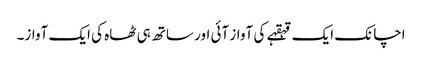
اچانک ایک قہقہے کی آواز آئی اور ساتھ ہی ٹھاہ کی ایک آواز۔